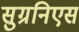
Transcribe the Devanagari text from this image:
सुग्रनिएस